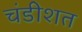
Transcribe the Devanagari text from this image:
चंडीशत